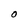
Character: O